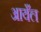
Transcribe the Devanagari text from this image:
आयँल